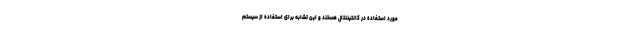
مورد استفاده در کانتیننتال هستند و این تشابه برای استفاده از سیستم